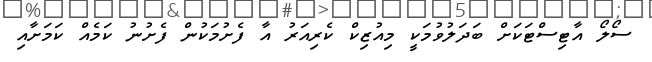
ސޯލޯ އާޓިސްޓަކަށް ބަދަލުވުމަކީ މިއުޒިކް ކެރިއަރު އާ ފެށުމަކުން ފެށުނު ކަމެއް ކަމަށާއި